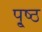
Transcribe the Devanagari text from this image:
पृ्ष्ठ